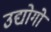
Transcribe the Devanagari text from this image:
उद्योगोंं